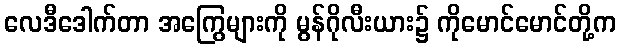
လေဒီဒေါက်တာ အကြွေများကို မွန်ဂိုလီးယား၌ ကိုမောင်မောင်တို့က